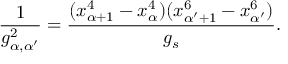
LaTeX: \frac { 1 } { g _ { \alpha , \alpha ^ { \prime } } ^ { 2 } } = \frac { ( x _ { \alpha + 1 } ^ { 4 } - x _ { \alpha } ^ { 4 } ) ( x _ { \alpha ^ { \prime } + 1 } ^ { 6 } - x _ { \alpha ^ { \prime } } ^ { 6 } ) } { g _ { s } } .